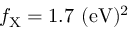
f _ { \mathrm { { X } } } = 1 . 7 ~ \mathrm { { ( e V ) ^ { 2 } } }